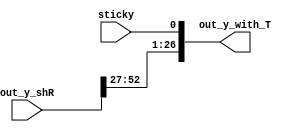
module Alignment_4_4 (out_y_shR , sticky , out_y_with_T);
input [52:0]out_y_shR;
input sticky;
output reg [26:0]out_y_with_T;
always@(*)
begin
    out_y_with_T={out_y_shR[52:27],sticky};
end
endmodule